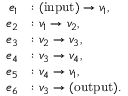
\begin{array} { r l } { e _ { 1 } } & { : \mathrm { ( i n p u t ) } \to v _ { 1 } , } \\ { e _ { 2 } } & { : v _ { 1 } \to v _ { 2 } , } \\ { e _ { 3 } } & { : v _ { 2 } \to v _ { 3 } , } \\ { e _ { 4 } } & { : v _ { 3 } \to v _ { 4 } , } \\ { e _ { 5 } } & { : v _ { 4 } \to v _ { 1 } , } \\ { e _ { 6 } } & { : v _ { 3 } \to \mathrm { ( o u t p u t ) } . } \end{array}